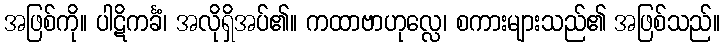
အဖြစ်ကို။ ပါဋိကင်္ခံ၊ အလိုရှိအပ်၏။ ကထာဗာဟုလ္လေ၊ စကားများသည်၏ အဖြစ်သည်။